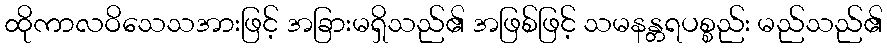
ထိုကာလဝိသေသအားဖြင့် အခြားမရှိသည်၏ အဖြစ်ဖြင့် သမနန္တရပစ္စည်း မည်သည်၏